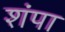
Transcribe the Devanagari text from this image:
शंपा